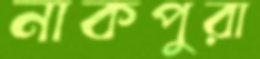
নাকপুরা